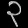
Digit: ၃